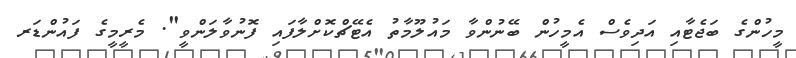
މީހުންގެ ބަޖެޓާއި އަދިވެސް އެމީހުން ބޭނުންވާ މައުލޫމާތު އެޓޭޗްކޮށްލާފައި ފޮނުވާލަންވީ". މެރީމީގެ ފައުންޑަރ